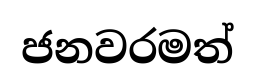
ජනවරමත්